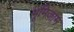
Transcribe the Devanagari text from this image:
भूमिजाम